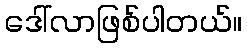
ဒေါ်လာဖြစ်ပါတယ်။